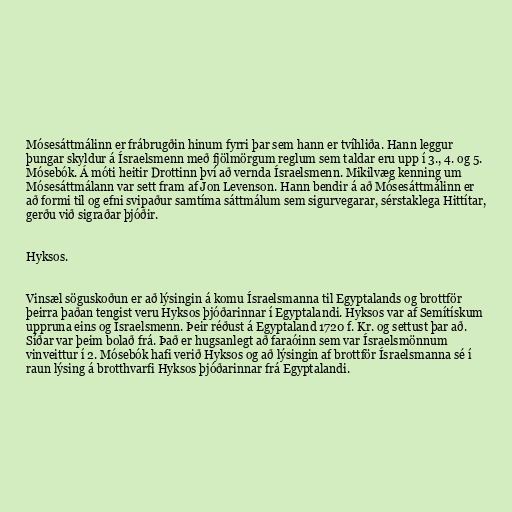
Mósesáttmálinn er frábrugðin hinum fyrri þar sem hann er tvíhliða. Hann leggur
þungar skyldur á Ísraelsmenn með fjölmörgum reglum sem taldar eru upp í 3., 4. og 5.
Mósebók. Á móti heitir Drottinn því að vernda Ísraelsmenn. Mikilvæg kenning um
Mósesáttmálann var sett fram af Jon Levenson. Hann bendir á að Mósesáttmálinn er
að formi til og efni svipaður samtíma sáttmálum sem sigurvegarar, sérstaklega Hittítar,
gerðu við sigraðar þjóðir.

Hyksos.

Vinsæl söguskoðun er að lýsingin á komu Ísraelsmanna til Egyptalands og brottför
þeirra þaðan tengist veru Hyksos þjóðarinnar í Egyptalandi. Hyksos var af Semítískum
uppruna eins og Ísraelsmenn. Þeir réðust á Egyptaland 1720 f. Kr. og settust þar að.
Síðar var þeim bolað frá. Það er hugsanlegt að faraóinn sem var Ísraelsmönnum
vinveittur í 2. Mósebók hafi verið Hyksos og að lýsingin af brottför Ísraelsmanna sé í
raun lýsing á brotthvarfi Hyksos þjóðarinnar frá Egyptalandi.